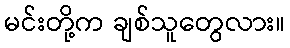
မင်းတို့က ချစ်သူတွေလား။